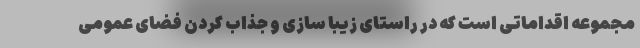
مجموعه اقداماتی است که در راستای زیبا سازی و جذاب کردن فضای عمومی